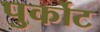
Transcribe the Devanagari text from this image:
पुर्कोट